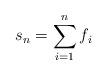
LaTeX: \begin{align*}s_n=\sum_{i=1}^n f_i\end{align*}